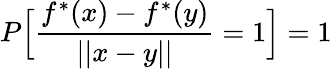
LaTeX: P\Big[\frac{f^{*}(x)-f^{*}(y)}{||x-y||}=1\Big]=1